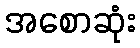
အစောဆုံး